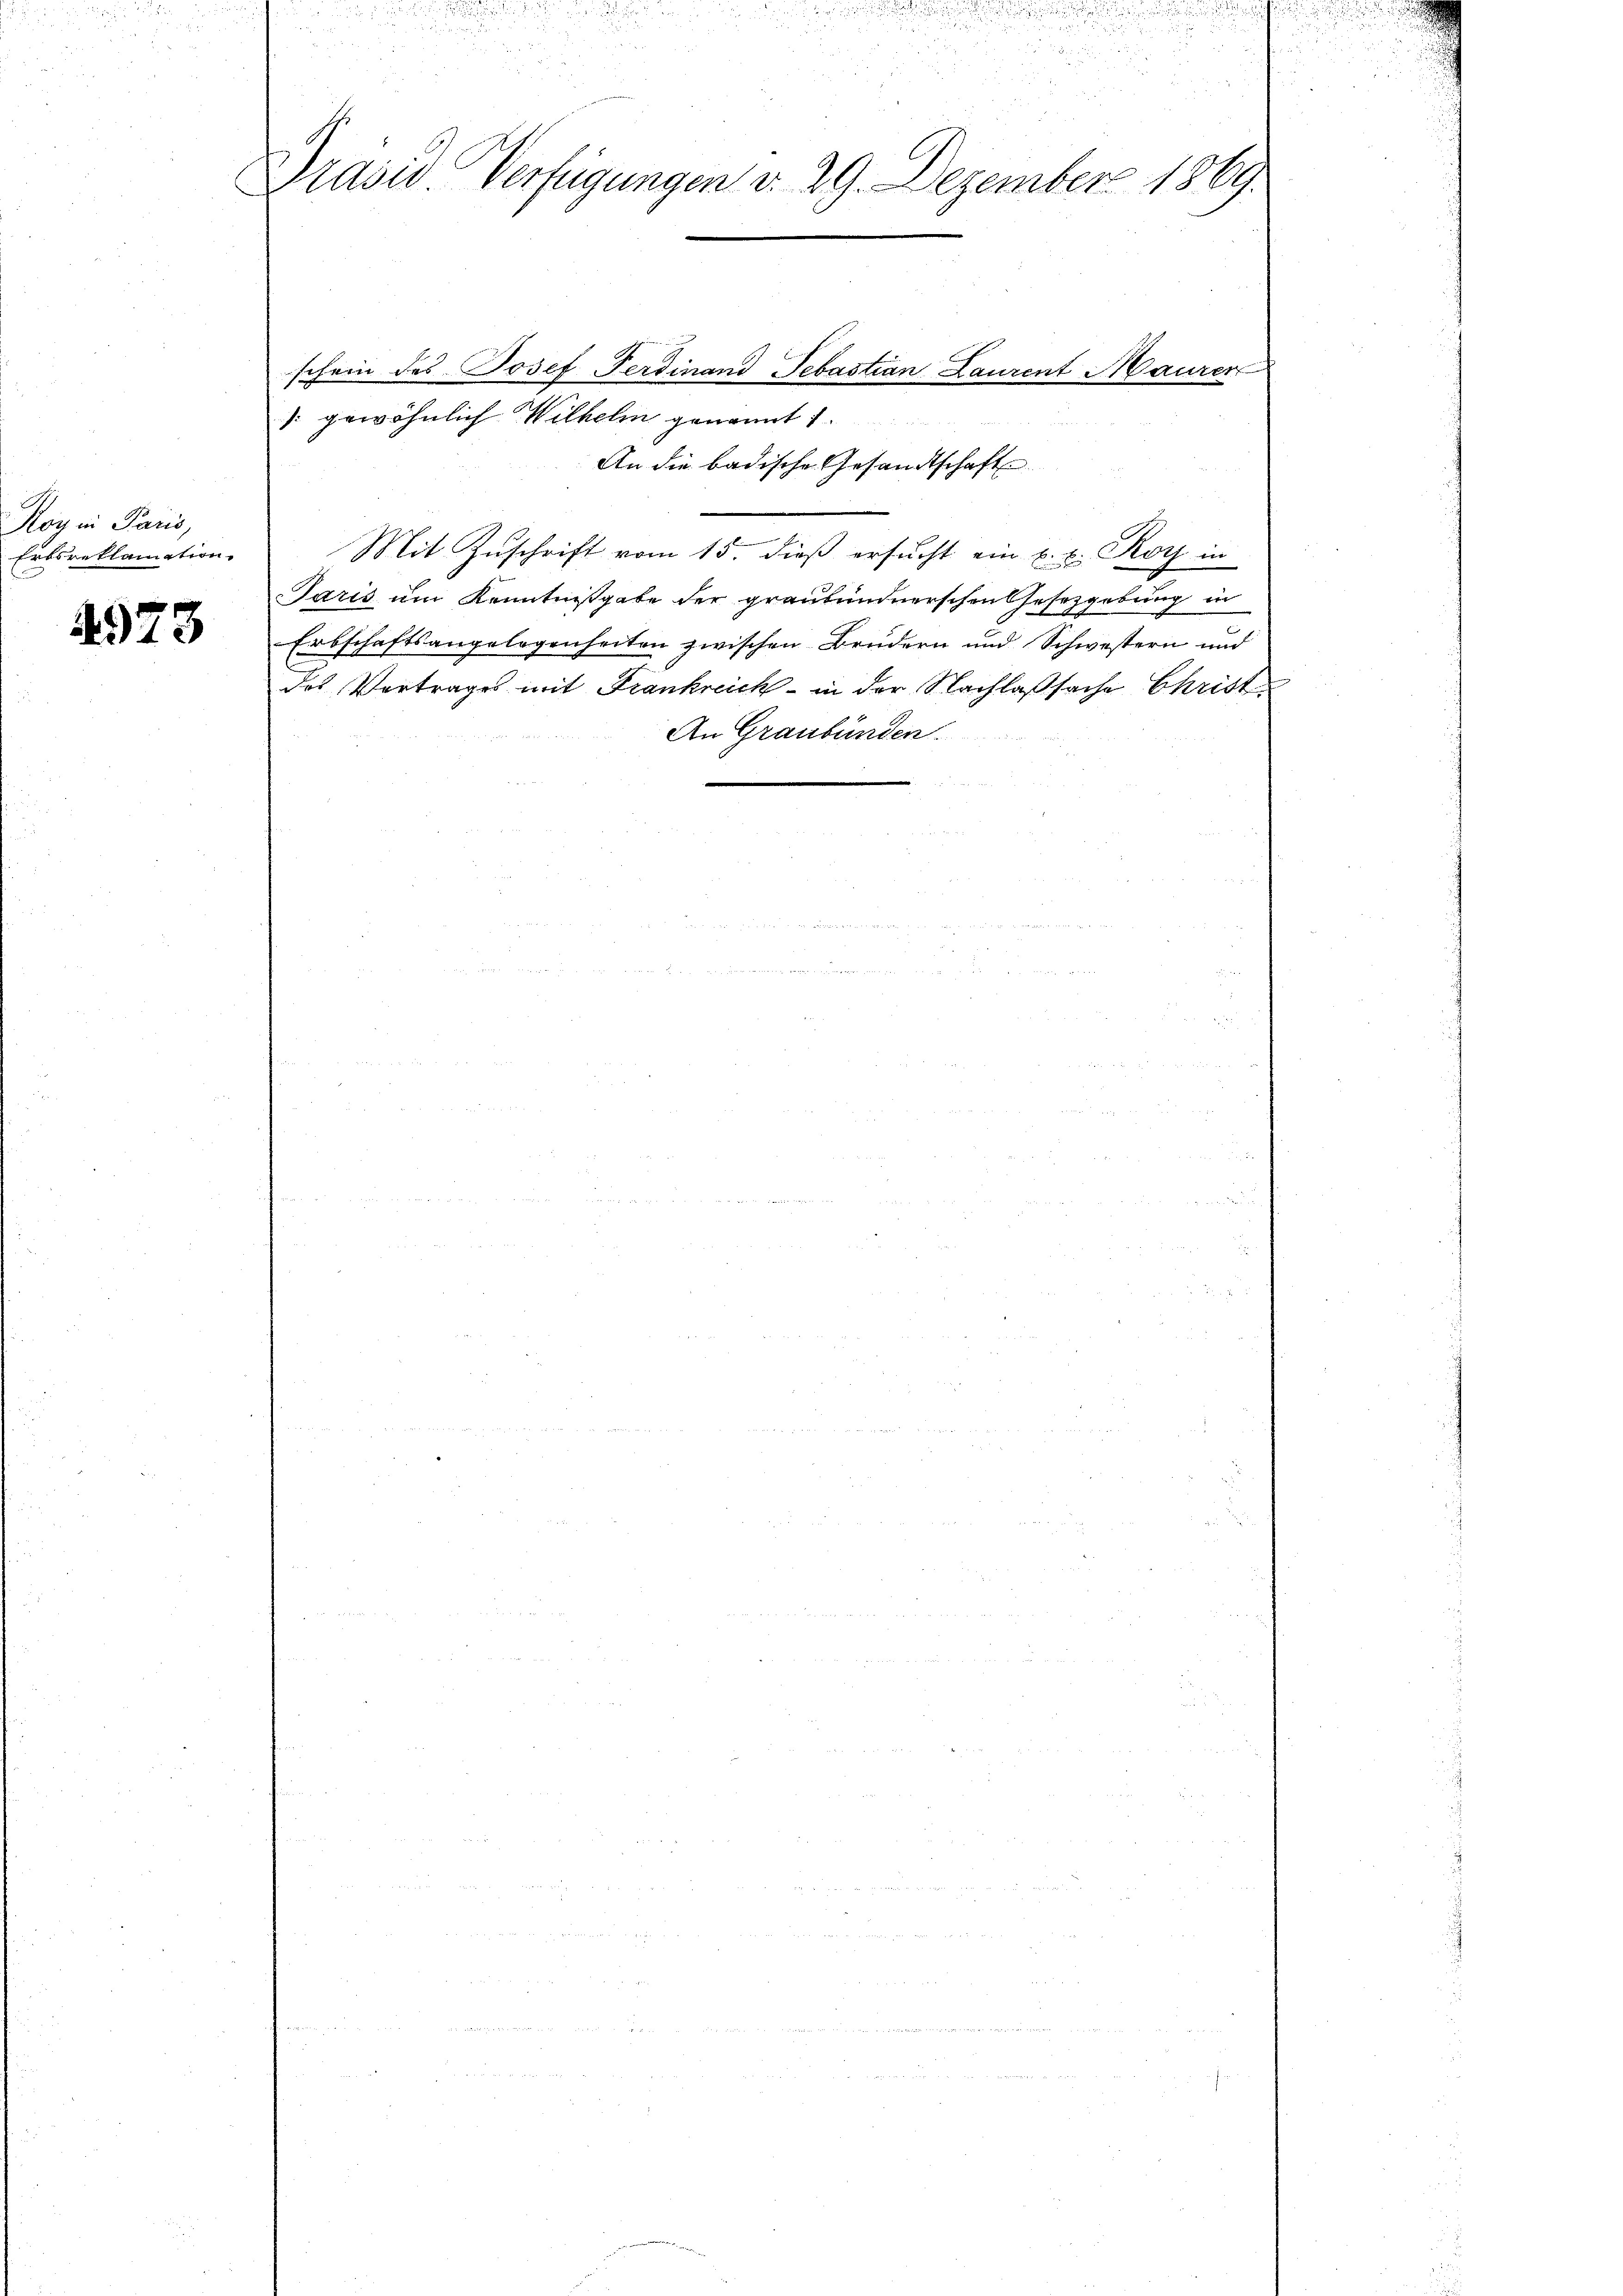
Roy in Paris,
Erbsreklamation.

4973

Präsid Verfügungen v. 29. Dezember 1889.

schein des Josef Ferdinand Sebastian Laurent Maurer
: gewöhnlich Wilhelm genannt 1.
An die badische Gesandtschaft
Mit Zuschrift vom 15. dieß ersucht ein u. v. Roy in
Paris um Kenntnißgabe der graubündnerschen Gesetzgebung in
Erbschaftsangelegenheiten zwischen Brudern und Schwestern und
des Vertrages mit Frankreich - in der Nachlaßsache Christ¬
An Graubünden.